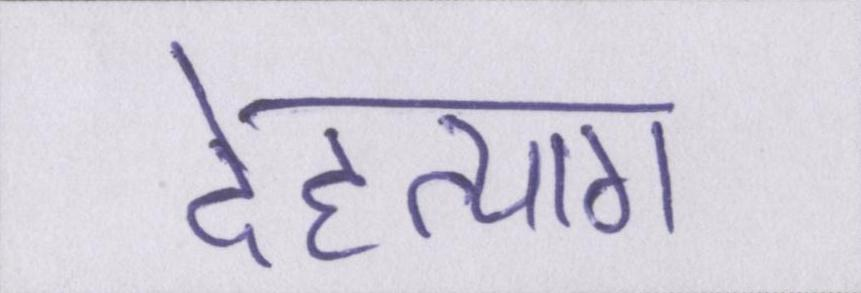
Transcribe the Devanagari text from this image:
देहत्याग